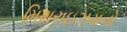
મિથરાઇઝમનો